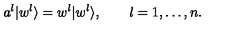
a ^ { l } | w ^ { l } \rangle = w ^ { l } | w ^ { l } \rangle , \qquad l = 1 , \ldots , n .